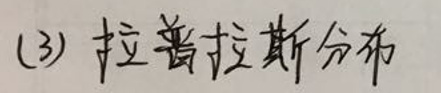
(3) 拉普拉斯分布